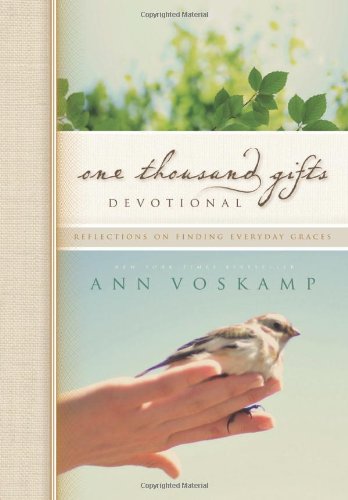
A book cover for One Thousand Gifts Devotional: Reflections on Finding Everyday Graces; Ann Voskamp; Christian Books & Bibles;